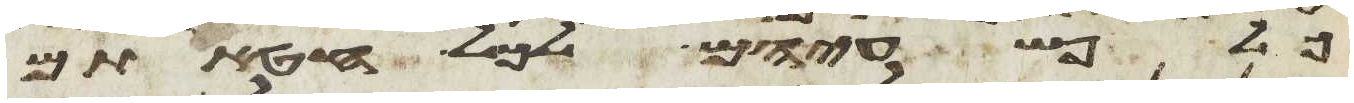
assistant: פשעיהם לכל חטאתם